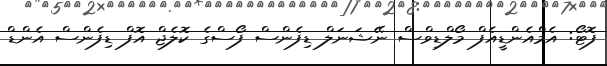
ފޮޓޯ: އެމްއެންޑީއެފް މޯލްޑިވްސް ނޭޝަނަލް ޑިފެންސް ފޯސްގެ ކޮލެޖް އޮފް ޑިފެންސް އެންޑް